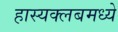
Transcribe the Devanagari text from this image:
हास्यक्लबमध्ये